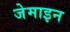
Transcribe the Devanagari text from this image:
जेमाइन